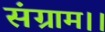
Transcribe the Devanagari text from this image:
संग्राम।।